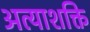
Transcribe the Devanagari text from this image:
अत्याशक्ति